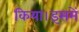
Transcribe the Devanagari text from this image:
किया।इसमें